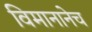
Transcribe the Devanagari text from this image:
विमानानेच